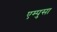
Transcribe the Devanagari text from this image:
एम्पुसा